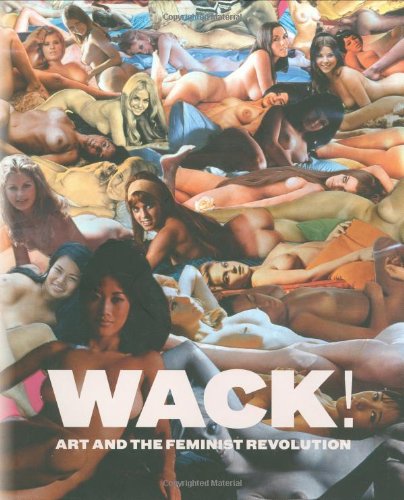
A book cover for WACK!: Art and the Feminist Revolution; Politics & Social Sciences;